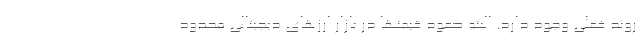
روند فعلی وجود دارد. البته صعود قیمتها در بازار ارزهای دیجیتالی محدود